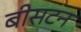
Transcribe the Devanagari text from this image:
बीसटन